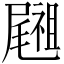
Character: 𥜀